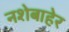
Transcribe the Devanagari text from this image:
नशेबाहेर